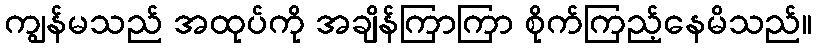
ကျွန်မသည် အထုပ်ကို အချိန်ကြာကြာ စိုက်ကြည့်နေမိသည်။